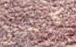
كابتشينو